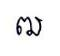
ឍ